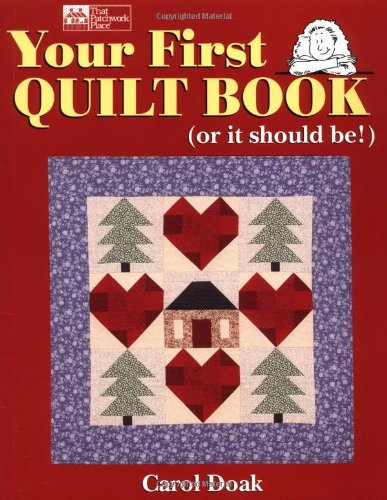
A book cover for Your First Quilt Book (or it should be!); Carol Doak; Crafts, Hobbies & Home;